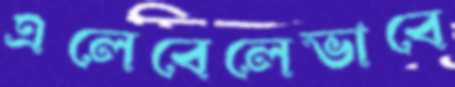
এলেবেলেভাবে